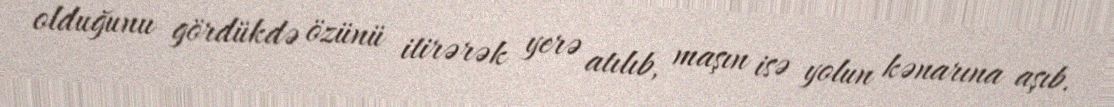
olduğunu gördükdə özünü itirərək yerə atılıb, maşın isə yolun kənarına aşıb.